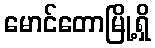
မောင်တောမြို့ရှိ